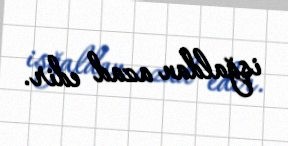
işğaldan azad edir.